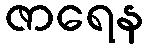
ဇာရေန